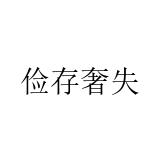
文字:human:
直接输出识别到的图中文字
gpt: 俭存奢失